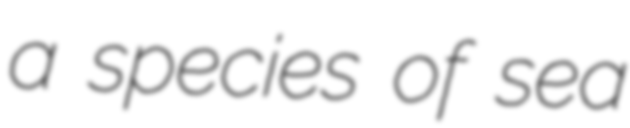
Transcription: a species of sea